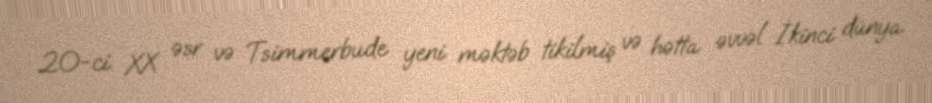
20-ci XX əsr və Tsimmerbude yeni məktəb tikilmiş və hətta əvvəl İkinci dünya